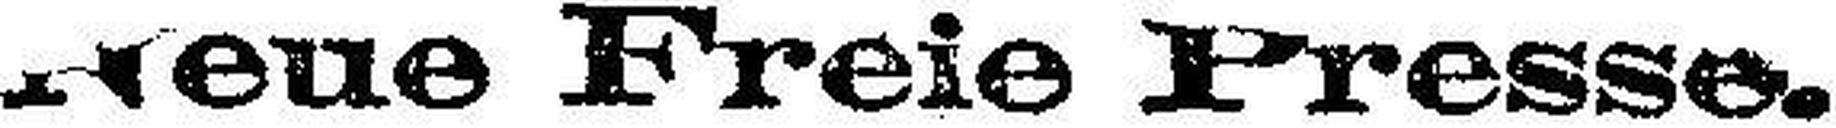
Neue Freie Presse.